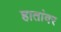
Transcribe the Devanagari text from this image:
हातांवर